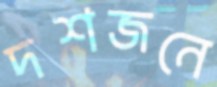
দশজনে